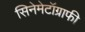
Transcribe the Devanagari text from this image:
सिनेमेटॉग्राफी